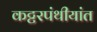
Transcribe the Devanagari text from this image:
कट्टरपंथीयांत